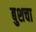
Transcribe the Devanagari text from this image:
बुशचा